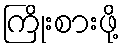
ကြိုးစားဖို့